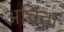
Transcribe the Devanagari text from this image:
अचिंता